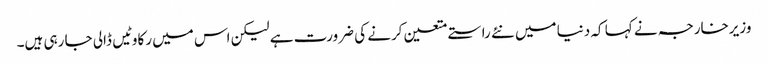
وزیرخارجہ نے کہا کہ دنیا میں نئے راستے متعین کرنے کی ضرورت ہے لیکن اس میں رکاوٹیں ڈالی جا رہی ہیں۔